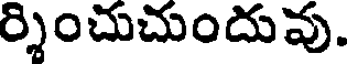
ర్శించుచుందువు.